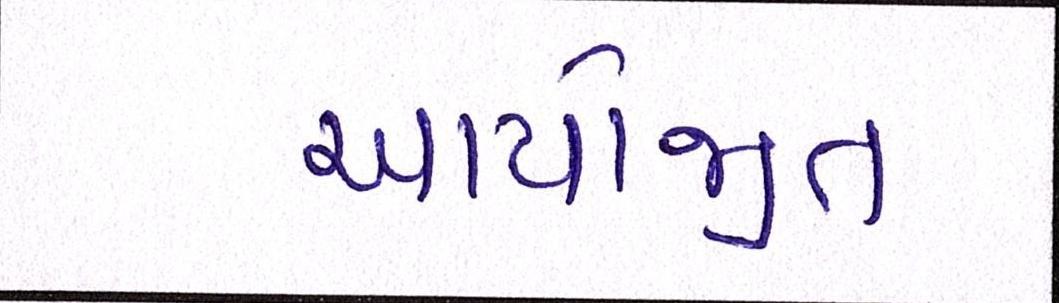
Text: આયોજીત